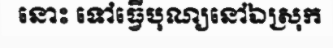
នោះ ទៅធ្វើបុណ្យនៅឯស្រុក